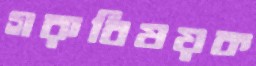
গরুবিষয়ক